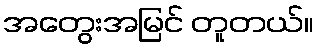
အတွေးအမြင် တူတယ်။